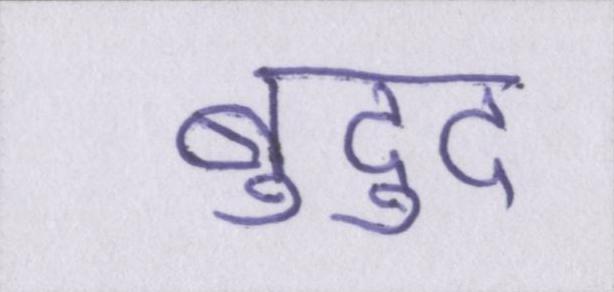
बुद्दु